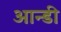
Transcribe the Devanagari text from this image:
आन्डी